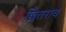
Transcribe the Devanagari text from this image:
छितराव